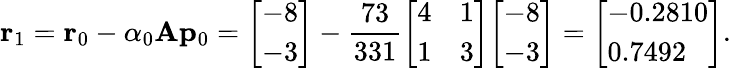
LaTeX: \mathbf{r}_{1}=\mathbf{r}_{0}-\alpha_{0}\mathbf{A}\mathbf{p}_{0}={\left[\begin{array}{l}{-8}\\ {-3}\end{array}\right]}-{\frac{73}{331}}{\left[\begin{array}{ll}{4}&{1}\\ {1}&{3}\end{array}\right]}{\left[\begin{array}{l}{-8}\\ {-3}\end{array}\right]}={\left[\begin{array}{l}{-0.2810}\\ {0.7492}\end{array}\right]}.